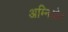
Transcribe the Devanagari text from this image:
अम्निओट